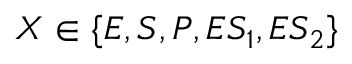
X \in \{ E , S , P , E S _ { 1 } , E S _ { 2 } \}